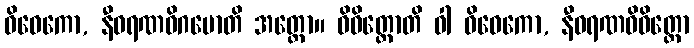
ဝိဝေကော, နီဝရဏဝိဂမောတိ အတ္ထော။ ဝိဝိတ္တောတိ ဝါ ဝိဝေကော, နီဝရဏဝိဝိတ္တော